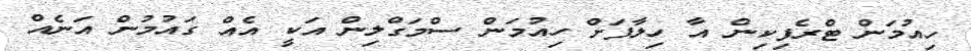
ހިއުމަން ޓްރެފިކިން އާ ހިލާފަށް ހިއުމަން ސްމަގްލިން އަކީ އެއް ގައުމުން އަނެއް